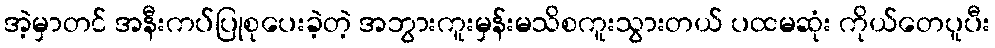
အဲ့မှာတင် အနီးကပ်ပြုစုပေးခဲ့တဲ့ အဘွားကူးမှန်းမသိစကူးသွားတယ် ပထမဆုံး ကိုယ်တေပူပီး